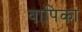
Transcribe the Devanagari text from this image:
वापिका